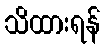
သိထားရန်